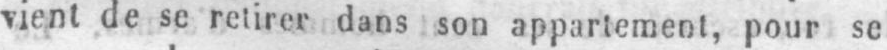
vient de se retirer dans son appartement, pour se